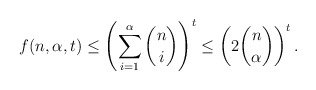
\begin{align*} f(n,\alpha,t)\leq \left(\sum_{i=1}^\alpha \binom{n}{i}\right)^t\leq \left(2\binom{n}{\alpha}\right)^{t}.\end{align*}